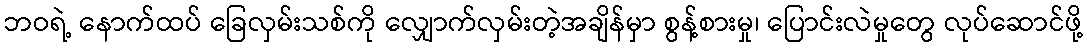
ဘဝရဲ့ နောက်ထပ် ခြေလှမ်းသစ်ကို လျှောက်လှမ်းတဲ့အချိန်မှာ စွန့်စားမှု၊ ပြောင်းလဲမှုတွေ လုပ်ဆောင်ဖို့